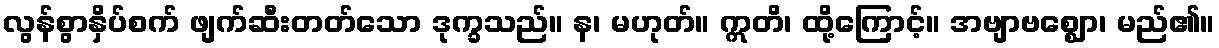
လွန်စွာနှိပ်စက် ဖျက်ဆီးတတ်သော ဒုက္ခသည်။ န၊ မဟုတ်။ ဣတိ၊ ထို့ကြောင့်။ အဗျာဗစ္ဈော၊ မည်၏။